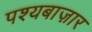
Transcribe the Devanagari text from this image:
पश्यबाज़ार